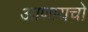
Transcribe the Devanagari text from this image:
आणायचो